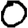
Digit: 0